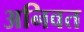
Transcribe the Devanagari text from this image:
अनिवत